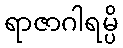
ရာဇာဂါရမ္ပိ